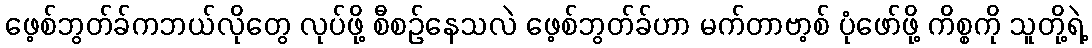
ဖေ့စ်ဘွတ်ခ်ကဘယ်လိုတွေ လုပ်ဖို့ စီစဉ်နေသလဲ ဖေ့စ်ဘွတ်ခ်ဟာ မက်တာဗာ့စ် ပုံဖော်ဖို့ ကိစ္စကို သူတို့ရဲ့